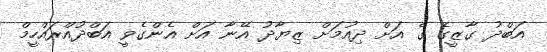
އަބްދު ގާޒީގެ ގެ އަށް ދިއުމަށް ޒިޔާދު އޭނާ އަށް އެންގެވީ އަބްދުއްރައްހީމް